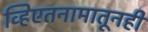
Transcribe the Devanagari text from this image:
व्हिएतनामातूनही